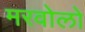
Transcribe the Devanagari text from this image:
मरवोलो